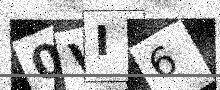
Text: 0VI6